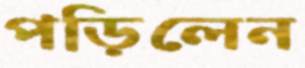
পড়িলেন